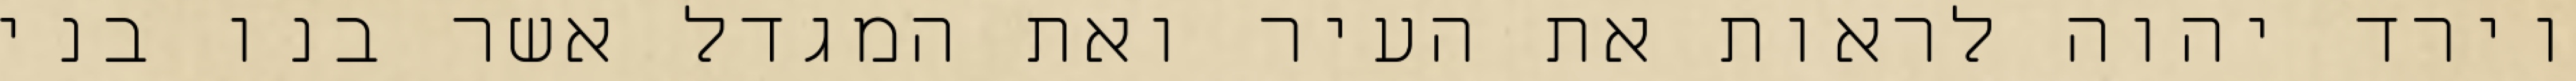
וירד יהוה לראות את העיר ואת המגדל אשר בנו בני